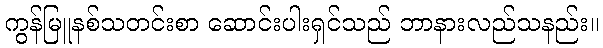
ကွန်မြူနစ်သတင်းစာ ဆောင်းပါးရှင်သည် ဘာနားလည်သနည်း။